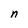
Character: n